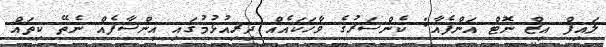
ލައިފް އިޒް ނޮޓް އަންފެއާ: ކެންސަރުގެ ވާހަކައެއް ދިރިއުޅުމުގައި އިންސާފެއް ނެތޭ ކިތައް